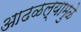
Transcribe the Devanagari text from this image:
आढळल्यामुळे